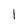
Character: 1